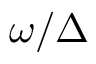
\omega / \Delta